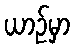
ယာဉ်မှာ